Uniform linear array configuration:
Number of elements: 32
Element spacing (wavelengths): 0.5
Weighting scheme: hamming
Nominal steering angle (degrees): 30
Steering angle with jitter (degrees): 30.941
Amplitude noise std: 0.05
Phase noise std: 0.05

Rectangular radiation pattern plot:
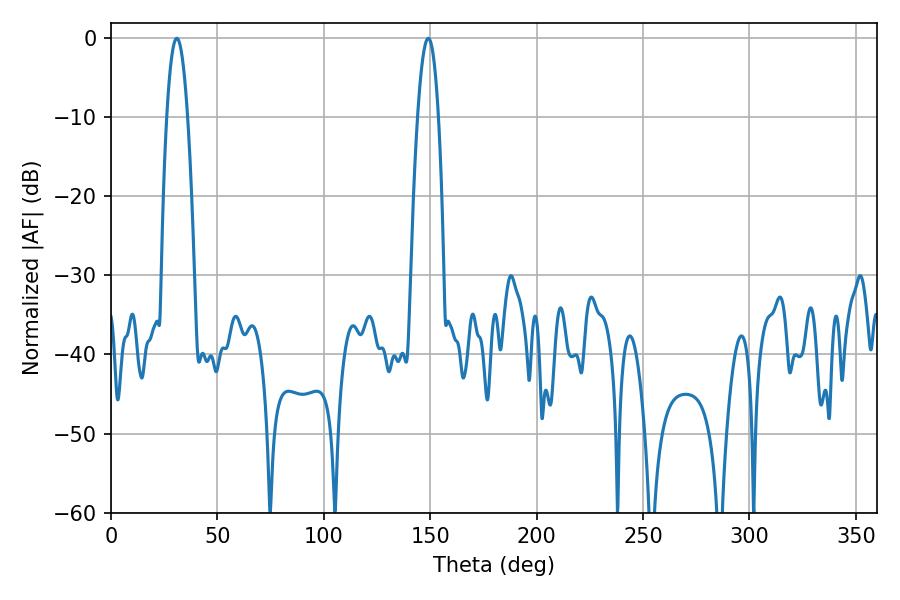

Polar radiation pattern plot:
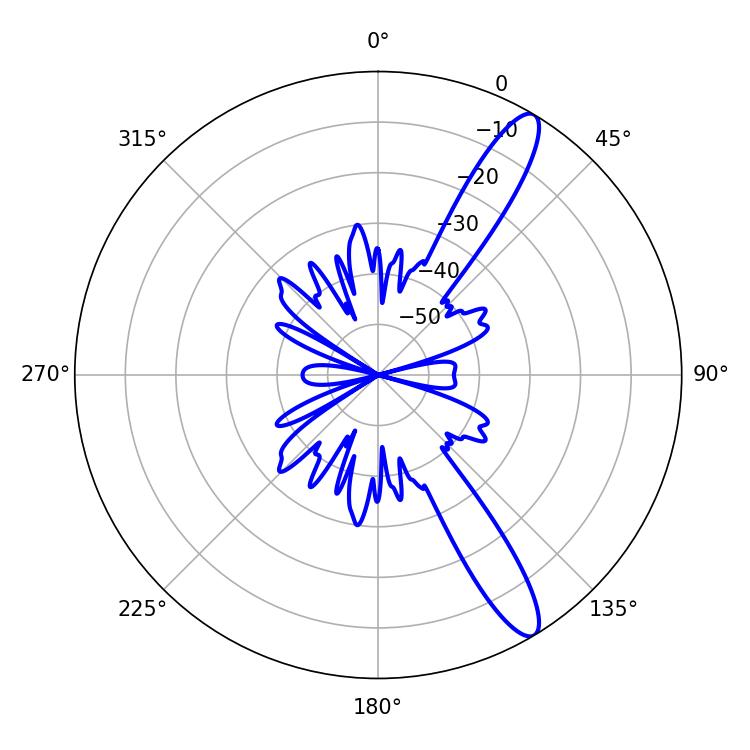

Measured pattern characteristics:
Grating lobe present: FALSE
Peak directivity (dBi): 12.809
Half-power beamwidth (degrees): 5.4
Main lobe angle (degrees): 30.96